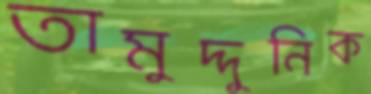
তামুদ্দুনিক